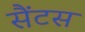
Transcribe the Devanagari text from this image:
सैंटस